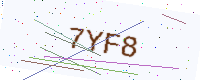
Text: 7YF8